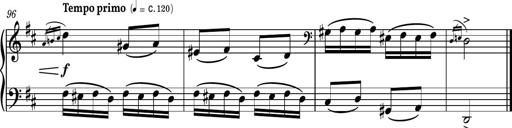
Title: Piano Sonatina No.4
Composer: Dimitri Sykias
Key: D major